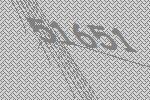
51651